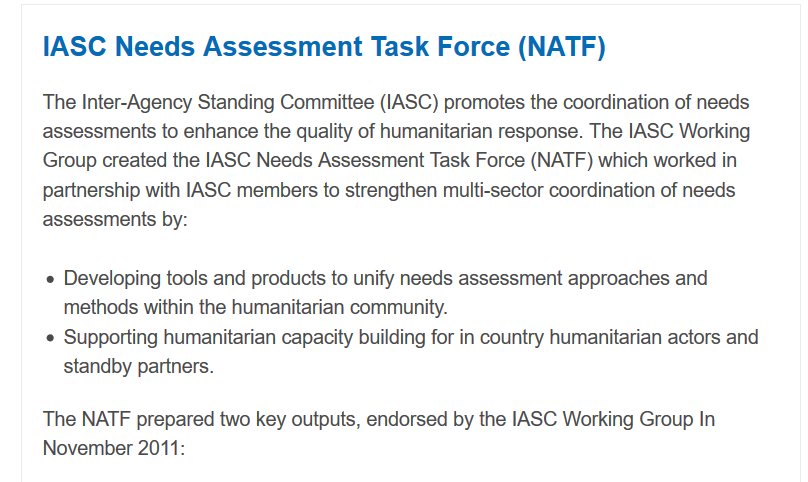
The Inter-Agency Standing Committee (IASC) promotes the coordination of needs
     assessments to enhance the quality of humanitarian response. The IASC Working
     Group created the IASC Needs Assessment Task Force (NATF) which worked in
     partnership with IASC members to strengthen multi-sector coordination of needs
     assessments by:
     IASC   Needs    Assessment    Task    Force   (NATF)
     e Developing tools and products to unify needs assessment approaches and
     methods within the humanitarian community.
     ¢ Supporting humanitarian capacity building for in country humanitarian actors and
     standby partners.
     The NATF prepared two key outputs, endorsed by the IASC Working Group In
     November 2011: